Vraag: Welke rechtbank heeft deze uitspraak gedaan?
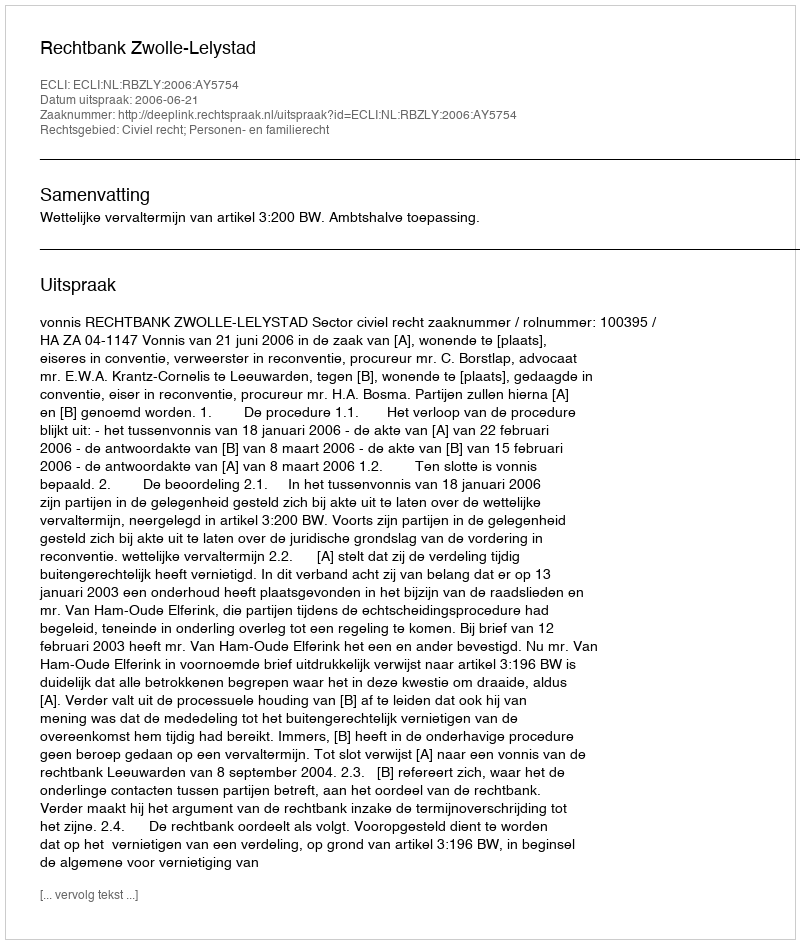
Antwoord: Rechtbank Zwolle-Lelystad